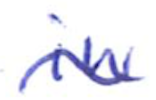
Text: in
Cross-out: wave
Writing tool: ballpoint